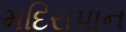
મદિરાપાન